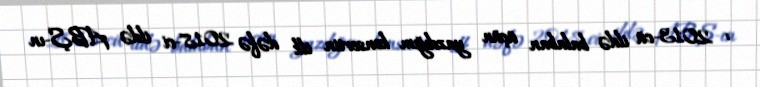
: 2013-cü ildə balaban üçün yazdığım konsertin ilk dəfə 2018-ci ildə ABŞ-ın